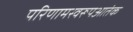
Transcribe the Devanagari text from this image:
परिणामस्वरूपआतंक